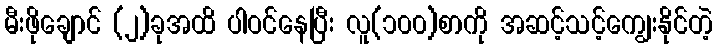
မီးဖိုချောင် (၂)ခုအထိ ပါဝင်နေပြီး လူ(၁၀၀)စာကို အဆင့်သင့်ကျွေးနိုင်တဲ့